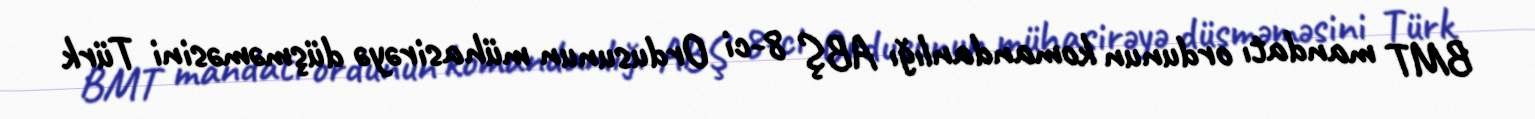
BMT mandatı ordunun komandanlığı ABŞ 8-ci Ordusunun mühasirəyə düşməməsini Türk